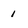
Character: 1